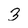
Character: 3